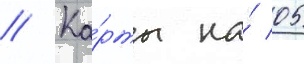
// Ка́рты на́ 05